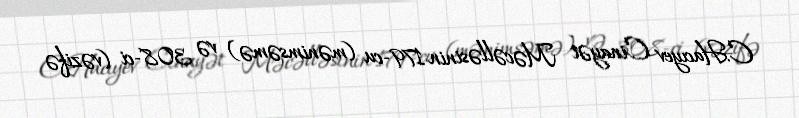
C.Hacıyev Cinayət Məcəlləsinin 179-cu (mənimsəmə) və 308-ci (vəzifə